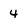
Character: 4